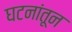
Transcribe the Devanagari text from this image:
घटनांतून